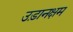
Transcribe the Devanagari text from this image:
उड़ानक्षम